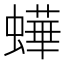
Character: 𧑍